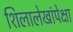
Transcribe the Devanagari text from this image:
शिलालेखांपेक्षा